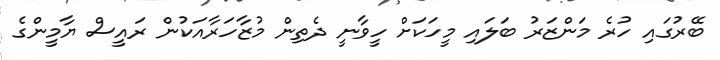
ބޭރުގައި ހުރެ މަންޒަރު ބަލައި މީހަކަށް ހީވާނީ ދެތިން މުޒާހަރާއަކުން ރައީސް ޔާމީންގެ